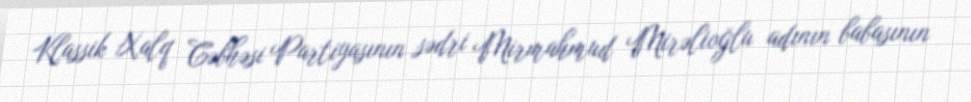
Klassik Xalq Cəbhəsi Partiyasının sədri Mirmahmud Mirəlioğlu adının babasının